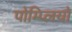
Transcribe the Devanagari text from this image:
पोम्प्लियो